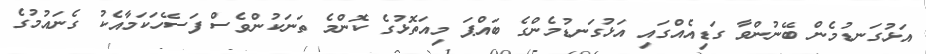
އަޅުގަނޑުމެން ބޭނުންވާ ގަޑިއެއްގައި އަޅުގަނޑުމެންގެ ބައްޕަ މިއަތޮޅުގެ ކޮންމެ ތަނަކުންވެސް ފަސޭހަކަމާއެކު ގެނައުމުގެ